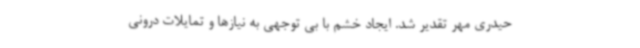
حیدری مهر تقدیر شد. ایجاد خشم با بی توجهی به نیازها و تمایلات درونی